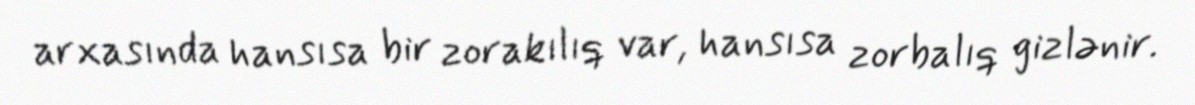
arxasında hansısa bir zorakılıq var, hansısa zorbalıq gizlənir.